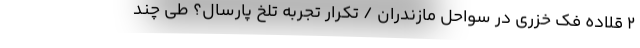
۲ قلاده فک خزری در سواحل مازندران / تکرار تجربه تلخ پارسال؟ طی چند